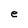
Character: e